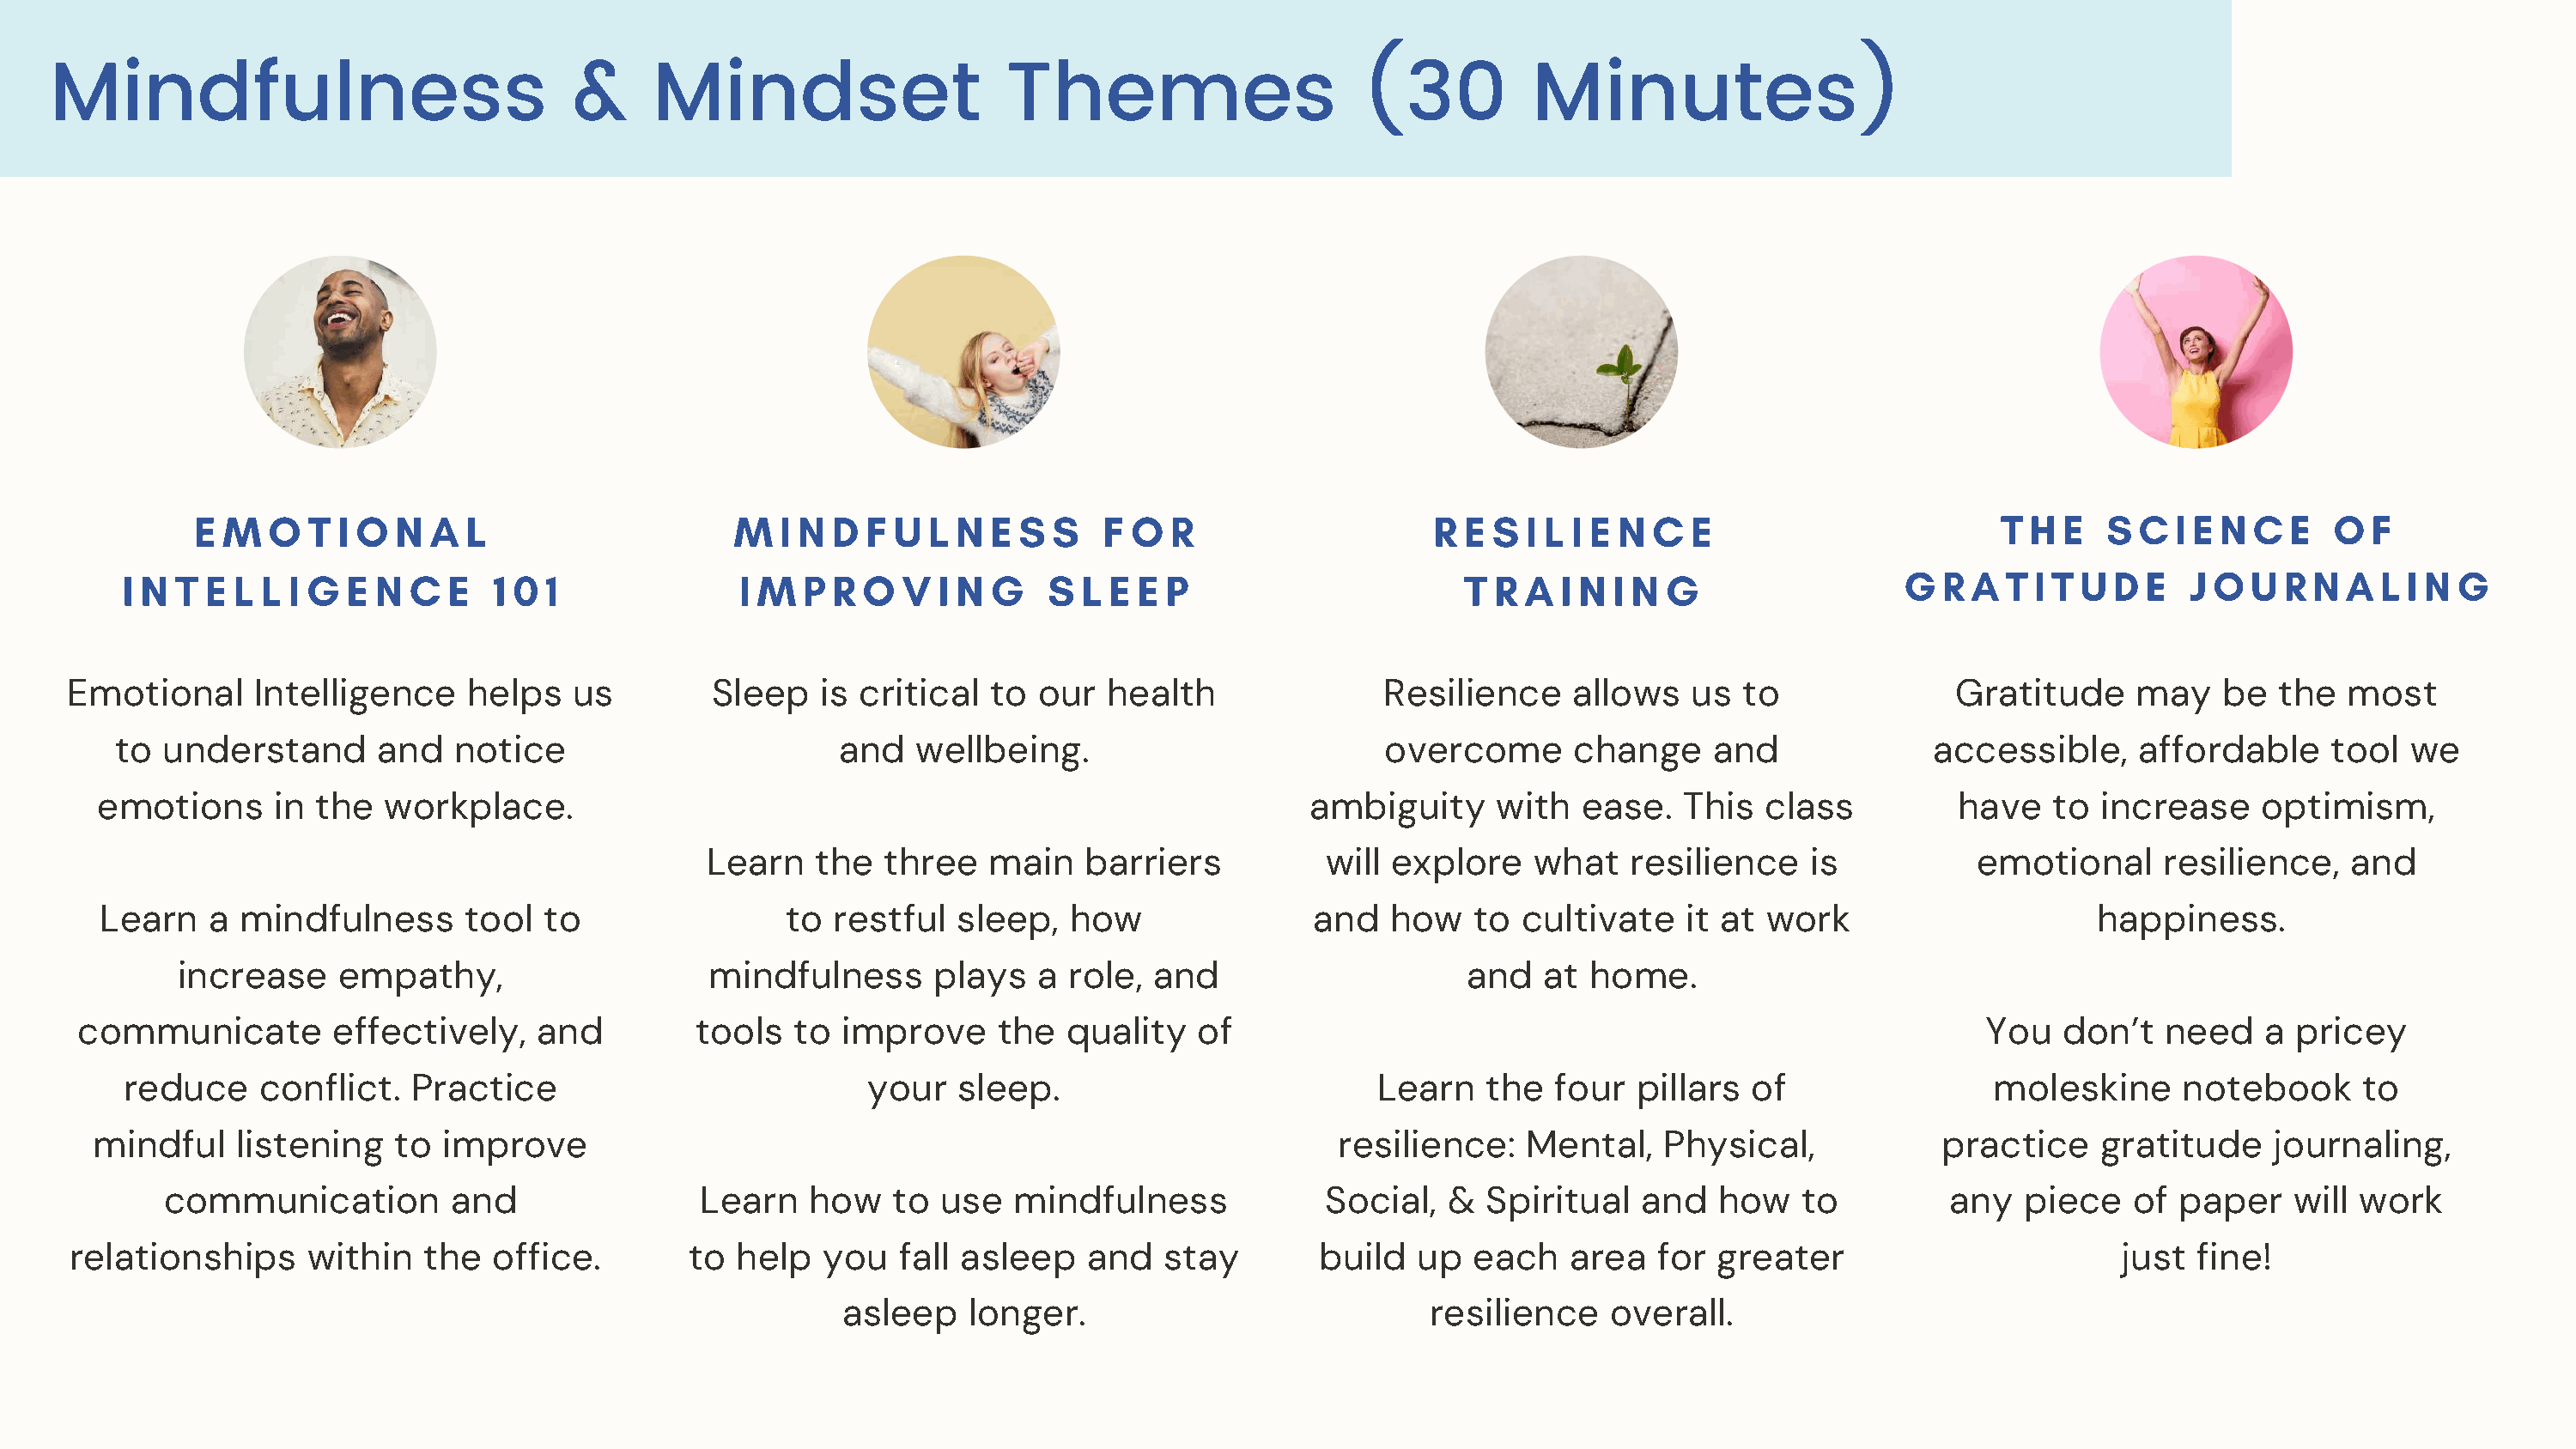
MMiinnddffuullnneessss                  &&    MMiinnddsseett              TThheemmeess               (30          Minutes)
 E M   O  T I O N  A  L                    M  I N D  F U  L N E  S S   F O  R                    R E S  I L I E N C E                       T H  E  S  C  I E N C  E  O  F
 I N T  E L L I G  E N  C  E  1 0 1              I M  P R O   V I N G    S L E  E P                      T R  A I N I N G                  G  R A  T I T U D E   J O  U R N  A  L I N G
 Emotional      Intelligence    helps   us         Sleep   is critical  to  our  health                Resilience    allows   us  to               Gratitude     may   be   the  most
 to  understand      and   notice                        and   wellbeing.                          overcome      change     and              accessible,     affordable     tool  we
 emotions      in the   workplace.                                                             ambiguity     with   ease.   This  class          have   to  increase    optimism,
 Learn    the  three   main    barriers          will explore    what    resilience    is          emotional      resilience,   and
 Learn   a mindfulness       tool  to                 to restful   sleep,  how                and   how    to cultivate    it at work                      happiness.
 increase    empathy,                     mindfulness      plays   a role,  and                     and   at  home.
 communicate         effectively,   and          tools  to  improve     the  quality   of                                                           You   don’t   need    a pricey
 reduce    conflict.   Practice                           your   sleep.                          Learn    the  four  pillars  of                 moleskine     notebook      to
 mindful    listening   to  improve                                                              resilience:    Mental,   Physical,             practice    gratitude    journaling,
 communication         and                Learn   how    to use   mindfulness             Social,   &  Spiritual   and  how    to         any   piece   of  paper    will work
 relationships      within   the  office.        to  help  you   fall asleep    and   stay        build  up   each   area   for greater                         just fine!
 asleep    longer.                            resilience    overall.